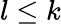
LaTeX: l\leq k